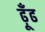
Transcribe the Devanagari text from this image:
ढ़ूँढ